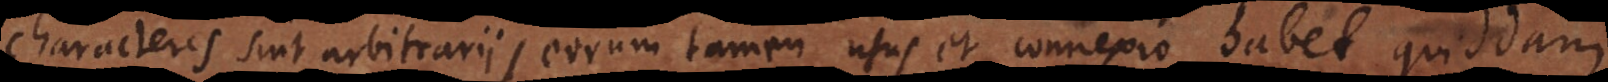
characteres sint arbitrarii, eorum tamen usus et connexio habet quiddam